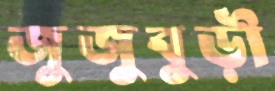
জুজুবুড়ী